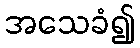
အသေခံ၍